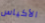
الأكياس